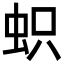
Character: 𧊄